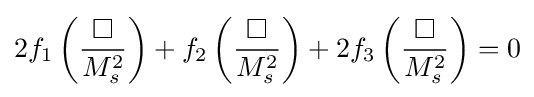
2f_{1}\left({\frac {\Box }{M_{s}^{2}}}\right)+f_{2}\left({\frac {\Box }{M_{s}^{2}}}\right)+2f_{3}\left({\frac {\Box }{M_{s}^{2}}}\right)=0